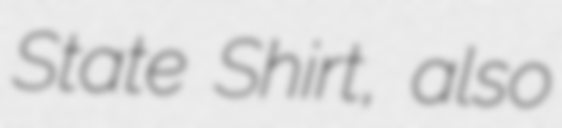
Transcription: State Shirt, also